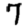
Digit: 7